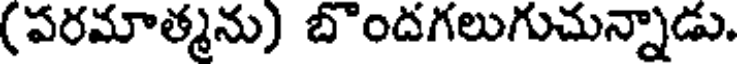
(పరమాత్మను) బొందగలుగుచున్నాడు.